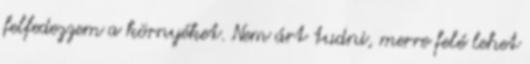
felfedezzem a környéket. Nem árt tudni, merre felé lehet